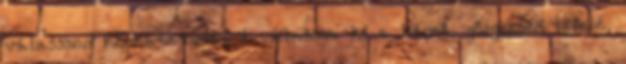
válasszon képkategóriát → válassza ki a képet. görgessen lefelé,